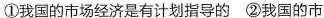
①我国的市场经济是有计划指导的 ②我国的市